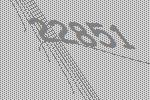
22851